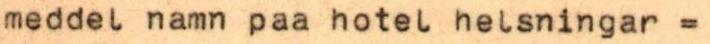
meddel namn paa hotel helsningar  =